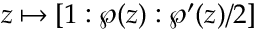
z \mapsto [ 1 : \wp ( z ) : \wp ^ { \prime } ( z ) / 2 ]